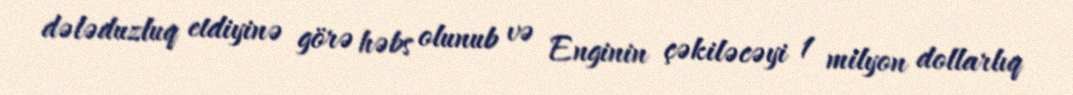
dələduzluq etdiyinə görə həbs olunub və Enginin çəkiləcəyi 1 milyon dollarlıq